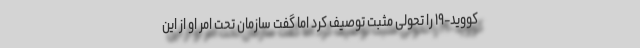
کووید-۱۹ را تحولی مثبت توصیف کرد اما گفت سازمان تحت امر او از این